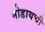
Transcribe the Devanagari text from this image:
मोडायची